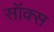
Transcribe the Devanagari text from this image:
सॉक्‍स